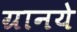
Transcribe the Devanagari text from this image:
ग्रानये